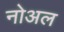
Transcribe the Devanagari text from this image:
नोअल